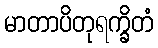
မာတာပိတုရက္ခိတံ